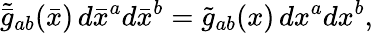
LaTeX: \tilde{\bar{g}}_{ab}(\bar{x})\, d\bar{x}^{a}d\bar{x}^{b}=\tilde{g}_{ab}(x)\, dx^{a}dx^{b},